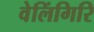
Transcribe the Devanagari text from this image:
वेलिंगिरि